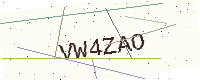
Text: VW4ZAO